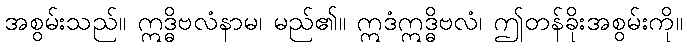
အစွမ်းသည်။ ဣဒ္ဓိဗလံနာမ၊ မည်၏။ ဣဒံဣဒ္ဓိဗလံ၊ ဤတန်ခိုးအစွမ်းကို။